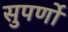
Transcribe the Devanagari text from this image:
सुपर्णों